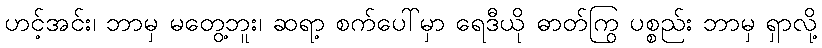
ဟင့်အင်း၊ ဘာမှ မတွေ့ဘူး၊ ဆရာ့ စက်ပေါ်မှာ ရေဒီယို ဓာတ်ကြွ ပစ္စည်း ဘာမှ ရှာလို့